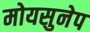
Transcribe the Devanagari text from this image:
मोयसुनेप